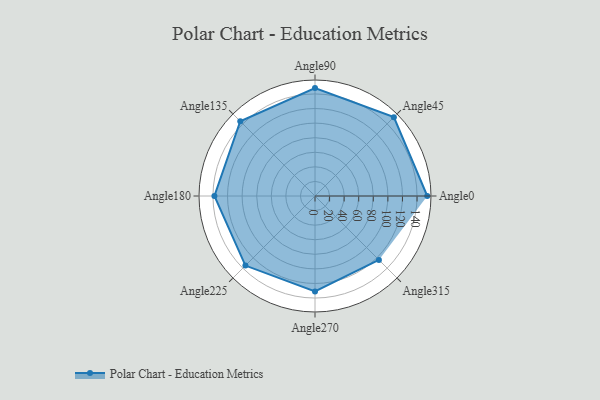
{"axis": {"x": "Angle", "y": "Radius"}, "legend": [""], "data": [{"x": "Angle0", "y": 154.0, "type": ""}, {"x": "Angle45", "y": 153.0, "type": ""}, {"x": "Angle90", "y": 148.0, "type": ""}, {"x": "Angle135", "y": 145.0, "type": ""}, {"x": "Angle180", "y": 138.0, "type": ""}, {"x": "Angle225", "y": 135.0, "type": ""}, {"x": "Angle270", "y": 131.0, "type": ""}, {"x": "Angle315", "y": 124.0, "type": ""}]}